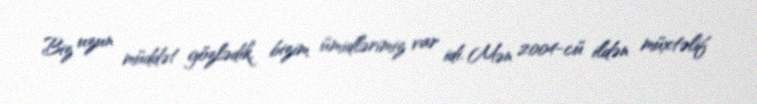
Biz uzun müddət gözlədik, bizim ümidlərimiz var idi. Mən 2004-cü ildən müxtəlif